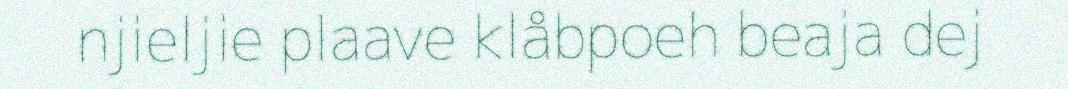
njieljie plaave klåbpoeh beaja dej